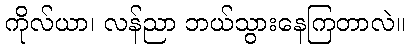
ကိုလ်ယာ၊ လန်ညာ ဘယ်သွားနေကြတာလဲ။